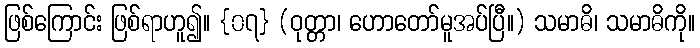
ဖြစ်ကြောင်း ဖြစ်ရာဟူ၍။ {၀၇} (ဝုတ္တာ၊ ဟောတော်မူအပ်ပြီ။) သမာဓိ၊ သမာဓိကို။